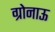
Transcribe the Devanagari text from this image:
ग्रोनाऊ